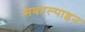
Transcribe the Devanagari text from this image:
सबएल्पाइन